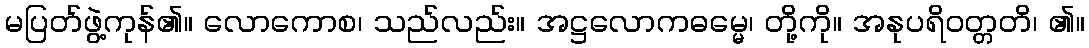
မပြတ်ဖွဲ့ကုန်၏။ လောကောစ၊ သည်လည်း။ အဋ္ဌလောကဓမ္မေ၊ တို့ကို။ အနုပရိဝတ္တတိ၊ ၏။